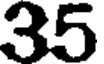
35